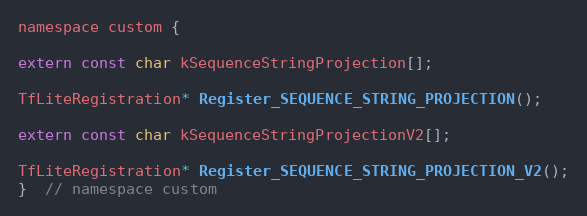
Language: C
namespace custom {

extern const char kSequenceStringProjection[];

TfLiteRegistration* Register_SEQUENCE_STRING_PROJECTION();

extern const char kSequenceStringProjectionV2[];

TfLiteRegistration* Register_SEQUENCE_STRING_PROJECTION_V2();
}  // namespace custom